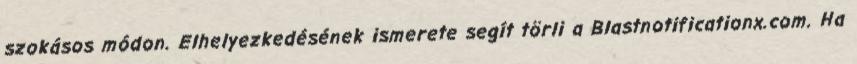
szokásos módon. Elhelyezkedésének ismerete segít törli a Blastnotificationx.com. Ha